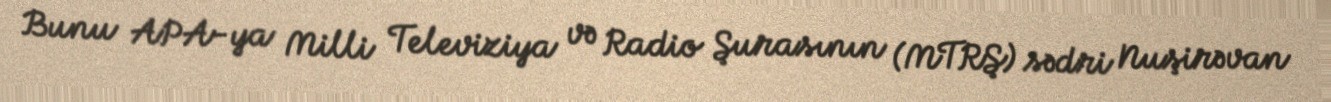
Bunu APA-ya Milli Televiziya və Radio Şurasının (MTRŞ) sədri Nuşirəvan